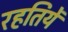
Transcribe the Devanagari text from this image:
रहतियें